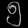
Digit: ၅